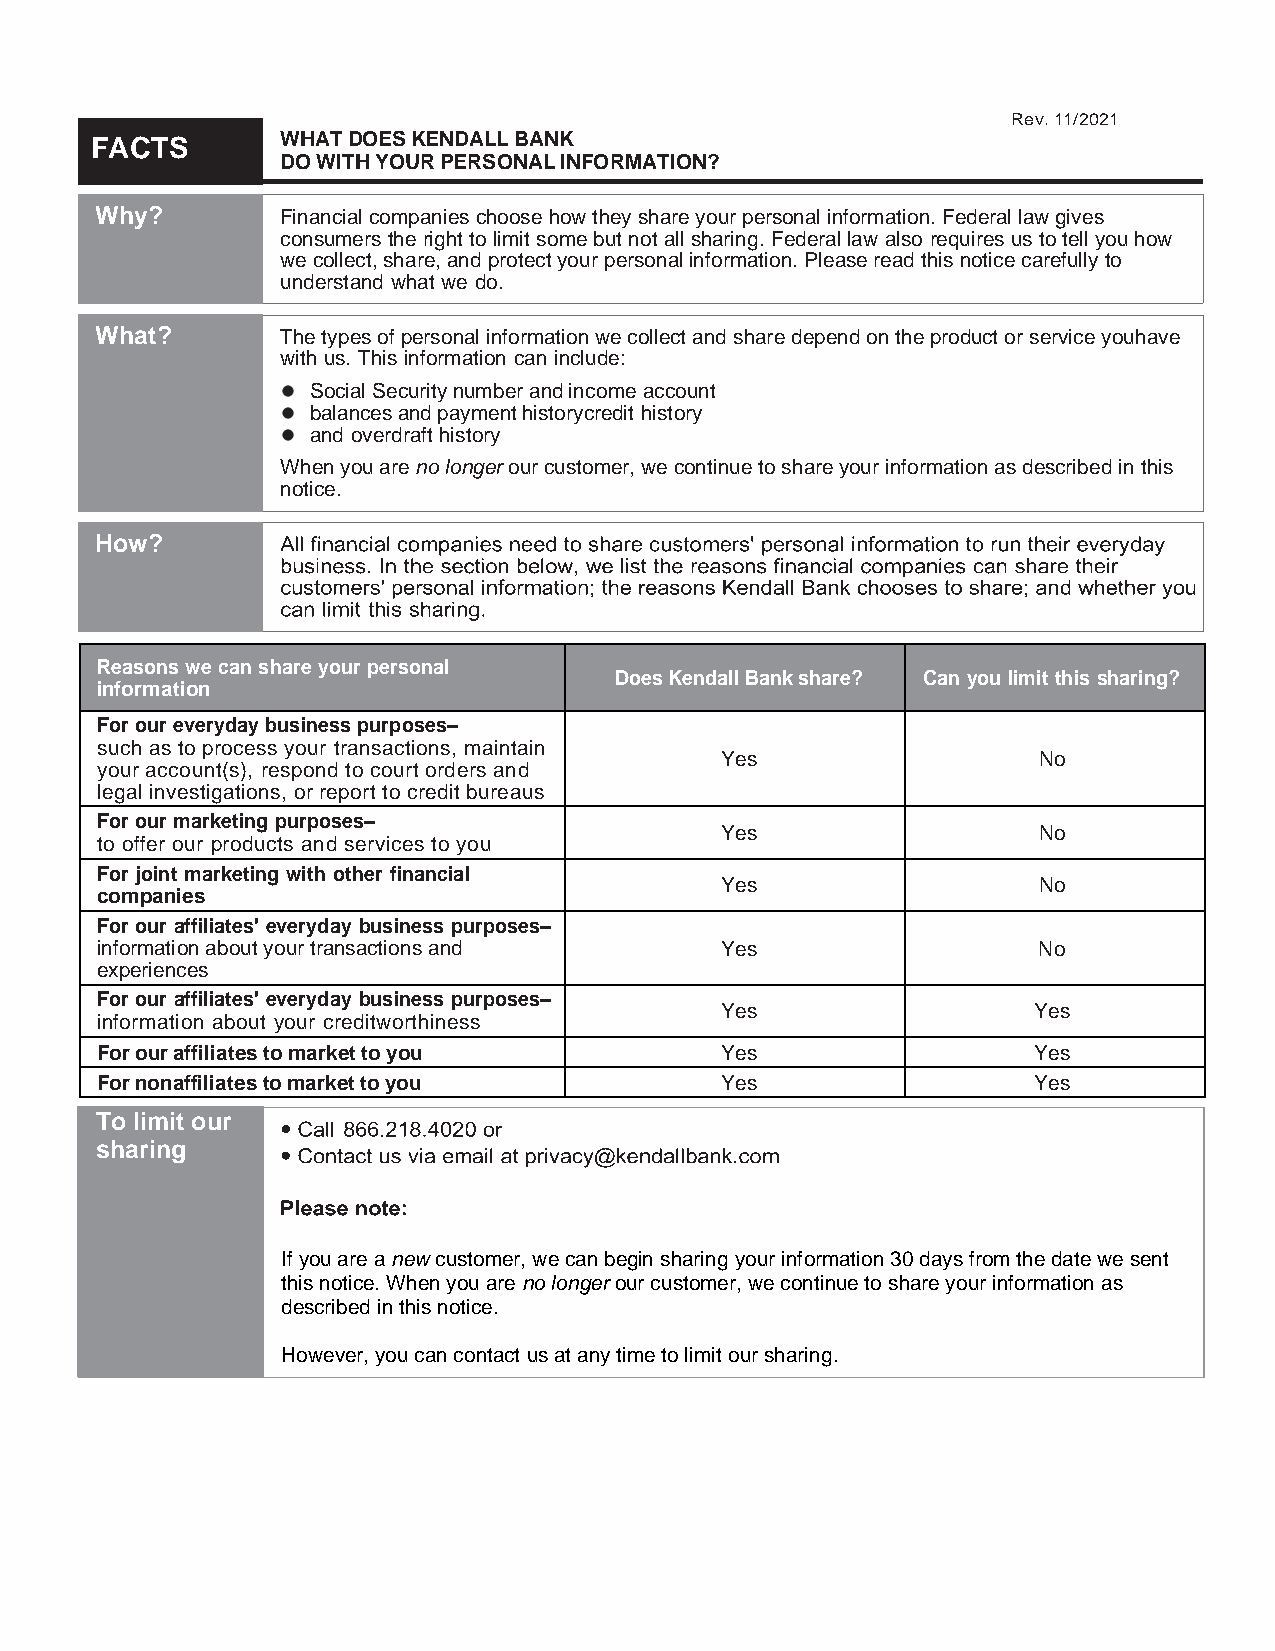
Rev. 11/2021
 FACTS        WHAT DOES KENDALL BANK
 DO WITH YOUR PERSONAL INFORMATION?
 Why?         Financial companies choose how they share your personal information. Federal law gives
 consumers the right to limit some but not all sharing. Federal law also requires us to tell you how
 we collect, share, and protect your personal information. Please read this notice carefully to
 understand what we do.
 What?        The types of personal information we collect and share depend on the product or service you have
 with us. This information can include:
 Social Security number and income account
 balances and payment history credit history
 and overdraft history
 When you are no longer our customer, we continue to share your information as described in this
 notice.
 How?
 Reasons we can share your personal
 Does Kendall Bank share? Can you limit this sharing?
 information
 For our everyday business purposes–
 such as to process your transactions, maintain
 Yes                  No
 your account(s), respond to court orders and
 legal investigations, or report to credit bureaus
 For our marketing purposes–
 Yes                  No
 to offer our products and services to you
 For joint marketing with other financial
 Yes                  No
 companies
 For our affiliates' everyday business purposes–
 information about your transactions and   Yes                  No
 experiences
 For our affiliates' everyday business purposes–
 Yes                 Yes
 information about your creditworthiness
 For our affiliates to market to you       Yes                 Yes
 For nonaffiliates to market to you        Yes                 Yes
 To limit our
 sharing
 If you are a new customer, we can begin sharing your information 30 days from the date we sent
 this notice. When you are no longer our customer, we continue to share your information as
 described in this notice.
 However, you can contact us at any time to limit our sharing.